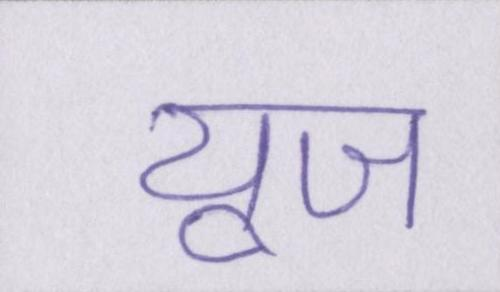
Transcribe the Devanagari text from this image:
यूज